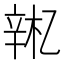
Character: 𫐚